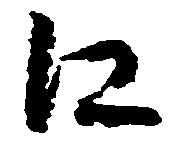
江